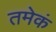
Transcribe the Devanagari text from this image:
तमेकं